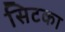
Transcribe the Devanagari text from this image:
सिटका